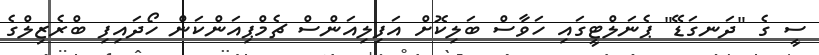
ސީ ގެ "ދަނގަޑޭ" ޕެނަލްޓީގައި ހަވާސް ބަލިކޮށް އަފިލިއަންސް ޗެމްޕިއަންކަން ހޯދައިފި ބްރެޒިލްގެ